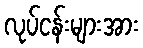
လုပ်ငန်းများအား